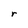
Character: r